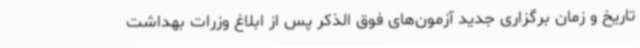
تاریخ و زمان برگزاری جدید آزمون‌های فوق الذکر پس از ابلاغ وزرات بهداشت